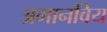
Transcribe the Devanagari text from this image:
अमानविय